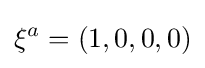
\xi ^{a}=\left(1,0,0,0\right)